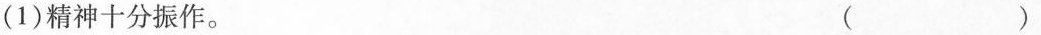
(1)精神十分振作。 ( )